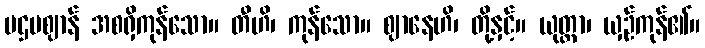
ပဌမဈာန် အစရှိကုန်သော။ တီဟိ၊ ကုန်သော။ ဈာနေဟိ၊ တို့နှင့်။ ယုတ္တာ၊ ယှဉ်ကုန်၏။